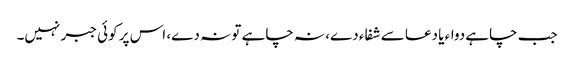
جب چاہے دواء یا دعا سے شفاء دے، نہ چاہے تو نہ دے، اس پر کوئی جبر نہیں۔